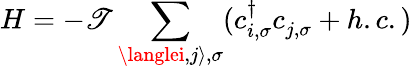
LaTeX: H=-\mathscr{T}\sum_{\langlei,j\rangle,\sigma}(c_{i,\sigma}^{\dagger}c_{j,\sigma}^{}+h.c.)